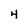
Character: 4